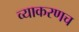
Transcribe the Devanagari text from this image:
व्याकरणच